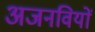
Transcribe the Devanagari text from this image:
अजनवियों